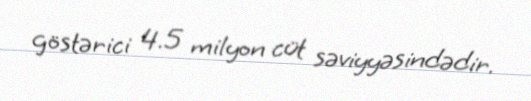
göstərici 4.5 milyon cüt səviyyəsindədir.